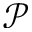
\mathcal { P }